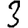
Digit: 3